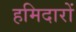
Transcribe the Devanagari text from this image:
हमिदारों